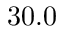
3 0 . 0